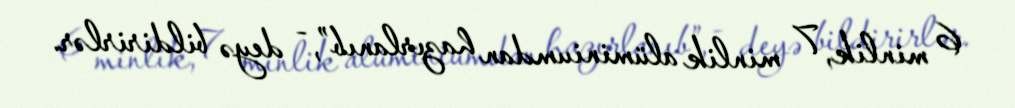
6 minlik, 7 minlik alüminiumdan hazırlanıb”, - deyə bildirirlər.